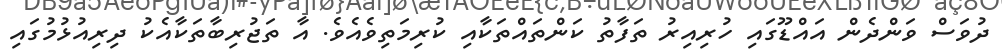
ދުވަސް ވަންދެން އައްޑޫގައި ހުރިއިރު ތަފާތު ކަންތައްތަކާއި ކުރިމަތިވެއެވެ. އާ ތަޖުރިބާތަކާއެކު ދިރިއުޅުމުގައި